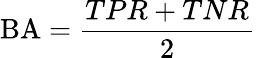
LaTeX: \mathrm{BA}={\frac{TPR+TNR}{2}}